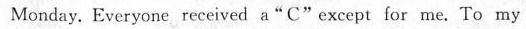
Mondny. Everyonc received a"C"except for me. To my